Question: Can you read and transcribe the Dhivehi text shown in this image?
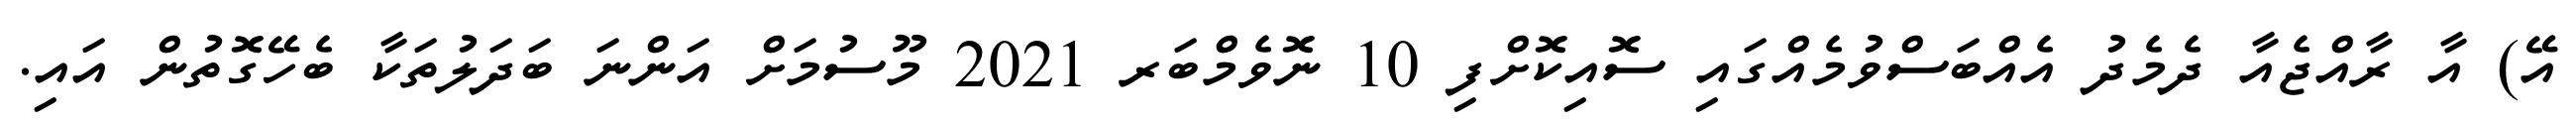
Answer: އޭ) އާ ރާއްޖެއާ ދެމެދު އެއްބަސްވުމެއްގައި ސޮއިކޮށްފި 10 ނޮވެމްބަރ 2021 މޫސުމަށް އަންނަ ބަދަލުތަކާ ބެހޭގޮތުން އައި.